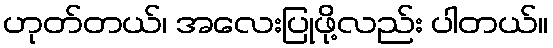
ဟုတ်တယ်၊ အလေးပြုဖို့လည်း ပါတယ်။